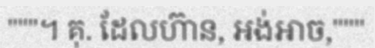
"""។ គុ. ដែលហ៊ាន, អង់អាច,"""